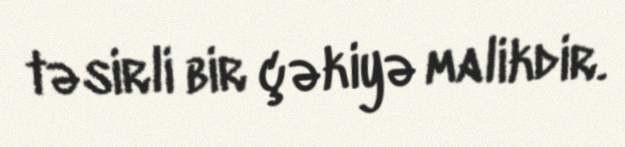
təsirli bir çəkiyə malikdir.